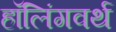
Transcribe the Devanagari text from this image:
हॉलिंगवर्थ